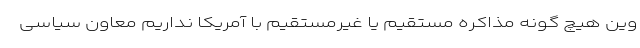
وین هیچ گونه مذاکره مستقیم یا غیرمستقیم با آمریکا نداریم معاون سیاسی